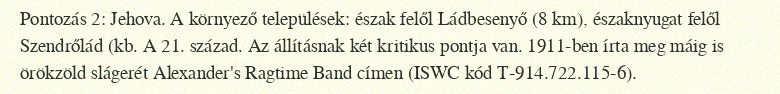
Pontozás 2: Jehova. A környező települések: észak felől Ládbesenyő (8 km), északnyugat felől Szendrőlád (kb. A 21. század. Az állításnak két kritikus pontja van. 1911-ben írta meg máig is örökzöld slágerét Alexander's Ragtime Band címen (ISWC kód T-914.722.115-6).